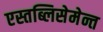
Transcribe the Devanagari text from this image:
एस्तब्लिसेमेन्त